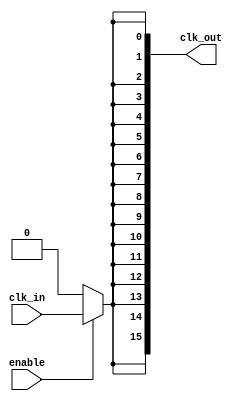
module HighFanoutClockBuffer (
    input wire clk_in,           // Clock input
    input wire enable,           // Enable signal for the buffer
    output wire [NUM_OUTPUTS-1:0] clk_out   // Multiple clock outputs
);

parameter NUM_OUTPUTS = 16;     // Number of outputs
parameter DRIVE_STRENGTH = 4;   // Drive strength parameter (could be modified based on needs)

// Internal signal for buffered clock
wire buffered_clk;

// Buffering stage: simple inverter-based buffering
genvar i;
generate
    // Buffering stage
    begin: buffer_stage
        wire clk_inv;
        assign clk_inv = ~clk_in; // Invert the clock for simplicity

        // Cascade several stages (example: 2 stages) for buffering
        assign buffered_clk = (enable) ? (clk_in & ~clk_inv) : 1'b0; // Buffer enabled on 'enable'
    end
endgenerate

// Load distribution stage
generate
    for (i = 0; i < NUM_OUTPUTS; i = i + 1) begin: output_drivers
        assign clk_out[i] = (enable) ? buffered_clk : 1'b0; // Drive clock output based on enable
    end
endgenerate

endmodule